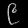
Digit: ၉